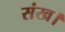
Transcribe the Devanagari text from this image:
संख।